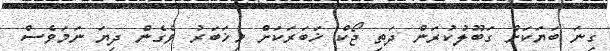
ގިނަ ބަޔަކަށް ގަބޫލުކުރަން ދަތި ޖޯކް ޚަބަރަކަށް މިޚަބަރު ވެގެން ދިޔަ ނަމަވެސް